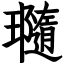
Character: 瓍